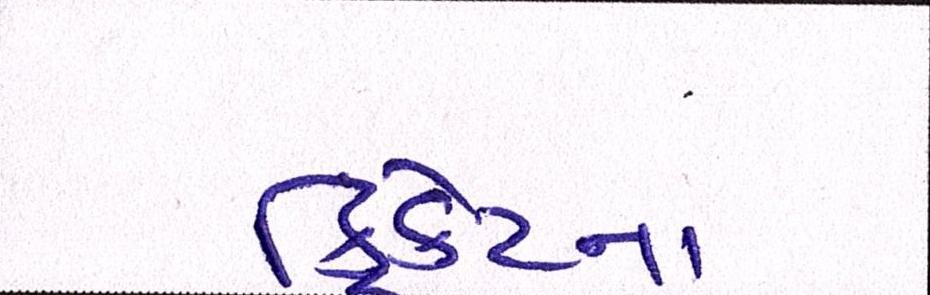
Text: ક્રિકેટના